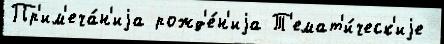
Пр'им'еча́н'иjа рожд'е́н'иjа Т'емат'и́ческ'иjе